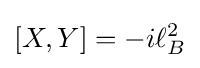
[X,Y]=-i\ell _{B}^{2}